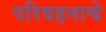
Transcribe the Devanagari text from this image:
परिवहनाचे